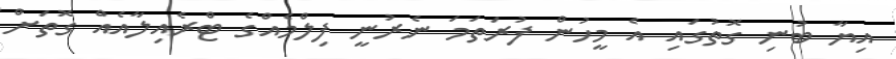
އިޔާ ބުނި ގޮތުގައި އެ މީހުން ފުރަތަމަ ނެރުނީ ފިލްމެއްގެ ޓްރެއިލާއެއް ގޮތަށް